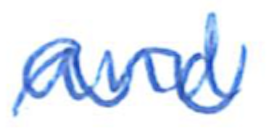
Text: and
Cross-out: wave
Writing tool: ballpoint